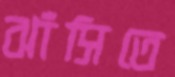
ঝাঁসিতে